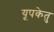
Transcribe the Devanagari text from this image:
यूपकेतु